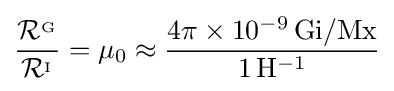
{\frac {{\mathcal {R}}^{_{\mathrm {G} }}}{{\mathcal {R}}^{_{\mathrm {I} }}}}=\mu _{0}\approx {\frac {4\pi \times 10^{-9}\,\mathrm {Gi/Mx} }{1\,\mathrm {H} ^{-1}}}